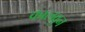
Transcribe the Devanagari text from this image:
कालवुन